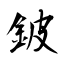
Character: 鈹